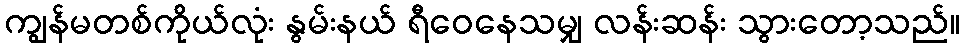
ကျွန်မတစ်ကိုယ်လုံး နွမ်းနယ် ရီဝေနေသမျှ လန်းဆန်း သွားတော့သည်။